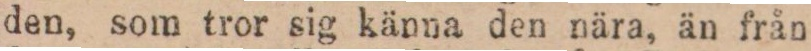
den, som tror sig känna den nära, än från